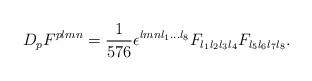
LaTeX: \begin{align*}D_{ p}F^{ p l m n}={1\over{576}}\epsilon^{ l m n l_1... l_8}F_{ l_1 l_2 l_3 l_4}F_{ l_5 l_6 l_7 l_8}.\end{align*}